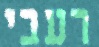
רעבי